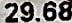
29.68